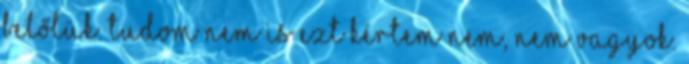
belőlük. Tudom nem is ezt kértem Nem, nem vagyok.